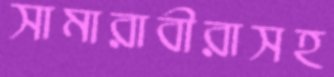
সামারাবীরাসহ